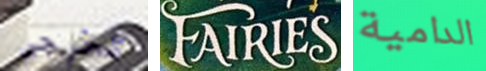
تخرجى FAIRIES الدامية